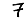
Digit: 7